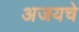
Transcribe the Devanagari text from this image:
अजयचे